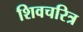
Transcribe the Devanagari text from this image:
शिवचरित्र